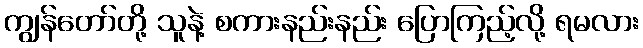
ကျွန်တော်တို့ သူနဲ့ စကားနည်းနည်း ပြောကြည့်လို့ ရမလား